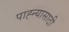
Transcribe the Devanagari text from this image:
पाह्न्यासाठी